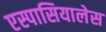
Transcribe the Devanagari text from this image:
एस्पासियालेस